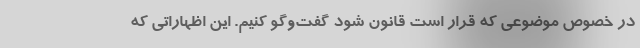
در خصوص موضوعی که قرار است قانون شود گفت‌وگو کنیم. این اظهاراتی که